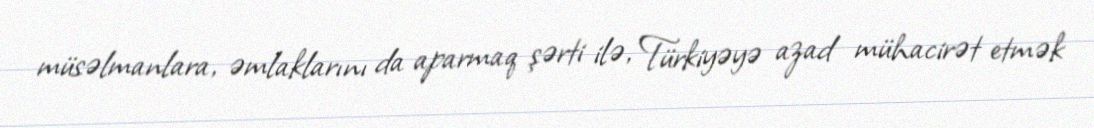
müsəlmanlara, əmlaklarını da aparmaq şərti ilə, Türkiyəyə azad mühacirət etmək